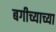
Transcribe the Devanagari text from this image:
बगीच्याच्या